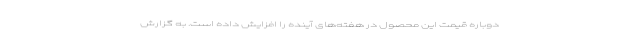
دوباره قیمت این محصول در هفته‌های آینده را افزایش داده است. به گزارش